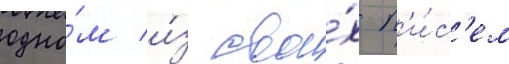
одно́м и́з свои́х п'и́с'ем